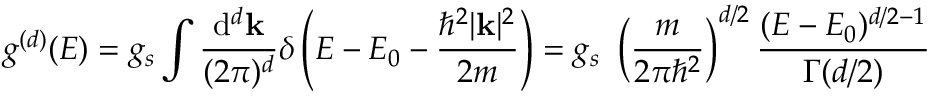
g ^ { ( d ) } ( E ) = g _ { s } \int { \frac { \mathrm { d } ^ { d } \mathbf { k } } { ( 2 \pi ) ^ { d } } } \delta \left( E - E _ { 0 } - { \frac { \hbar ^ { 2 } | \mathbf { k } | ^ { 2 } } { 2 m } } \right) = g _ { s } \ \left( { \frac { m } { 2 \pi \hbar ^ { 2 } } } \right) ^ { d / 2 } { \frac { ( E - E _ { 0 } ) ^ { d / 2 - 1 } } { \Gamma ( d / 2 ) } }